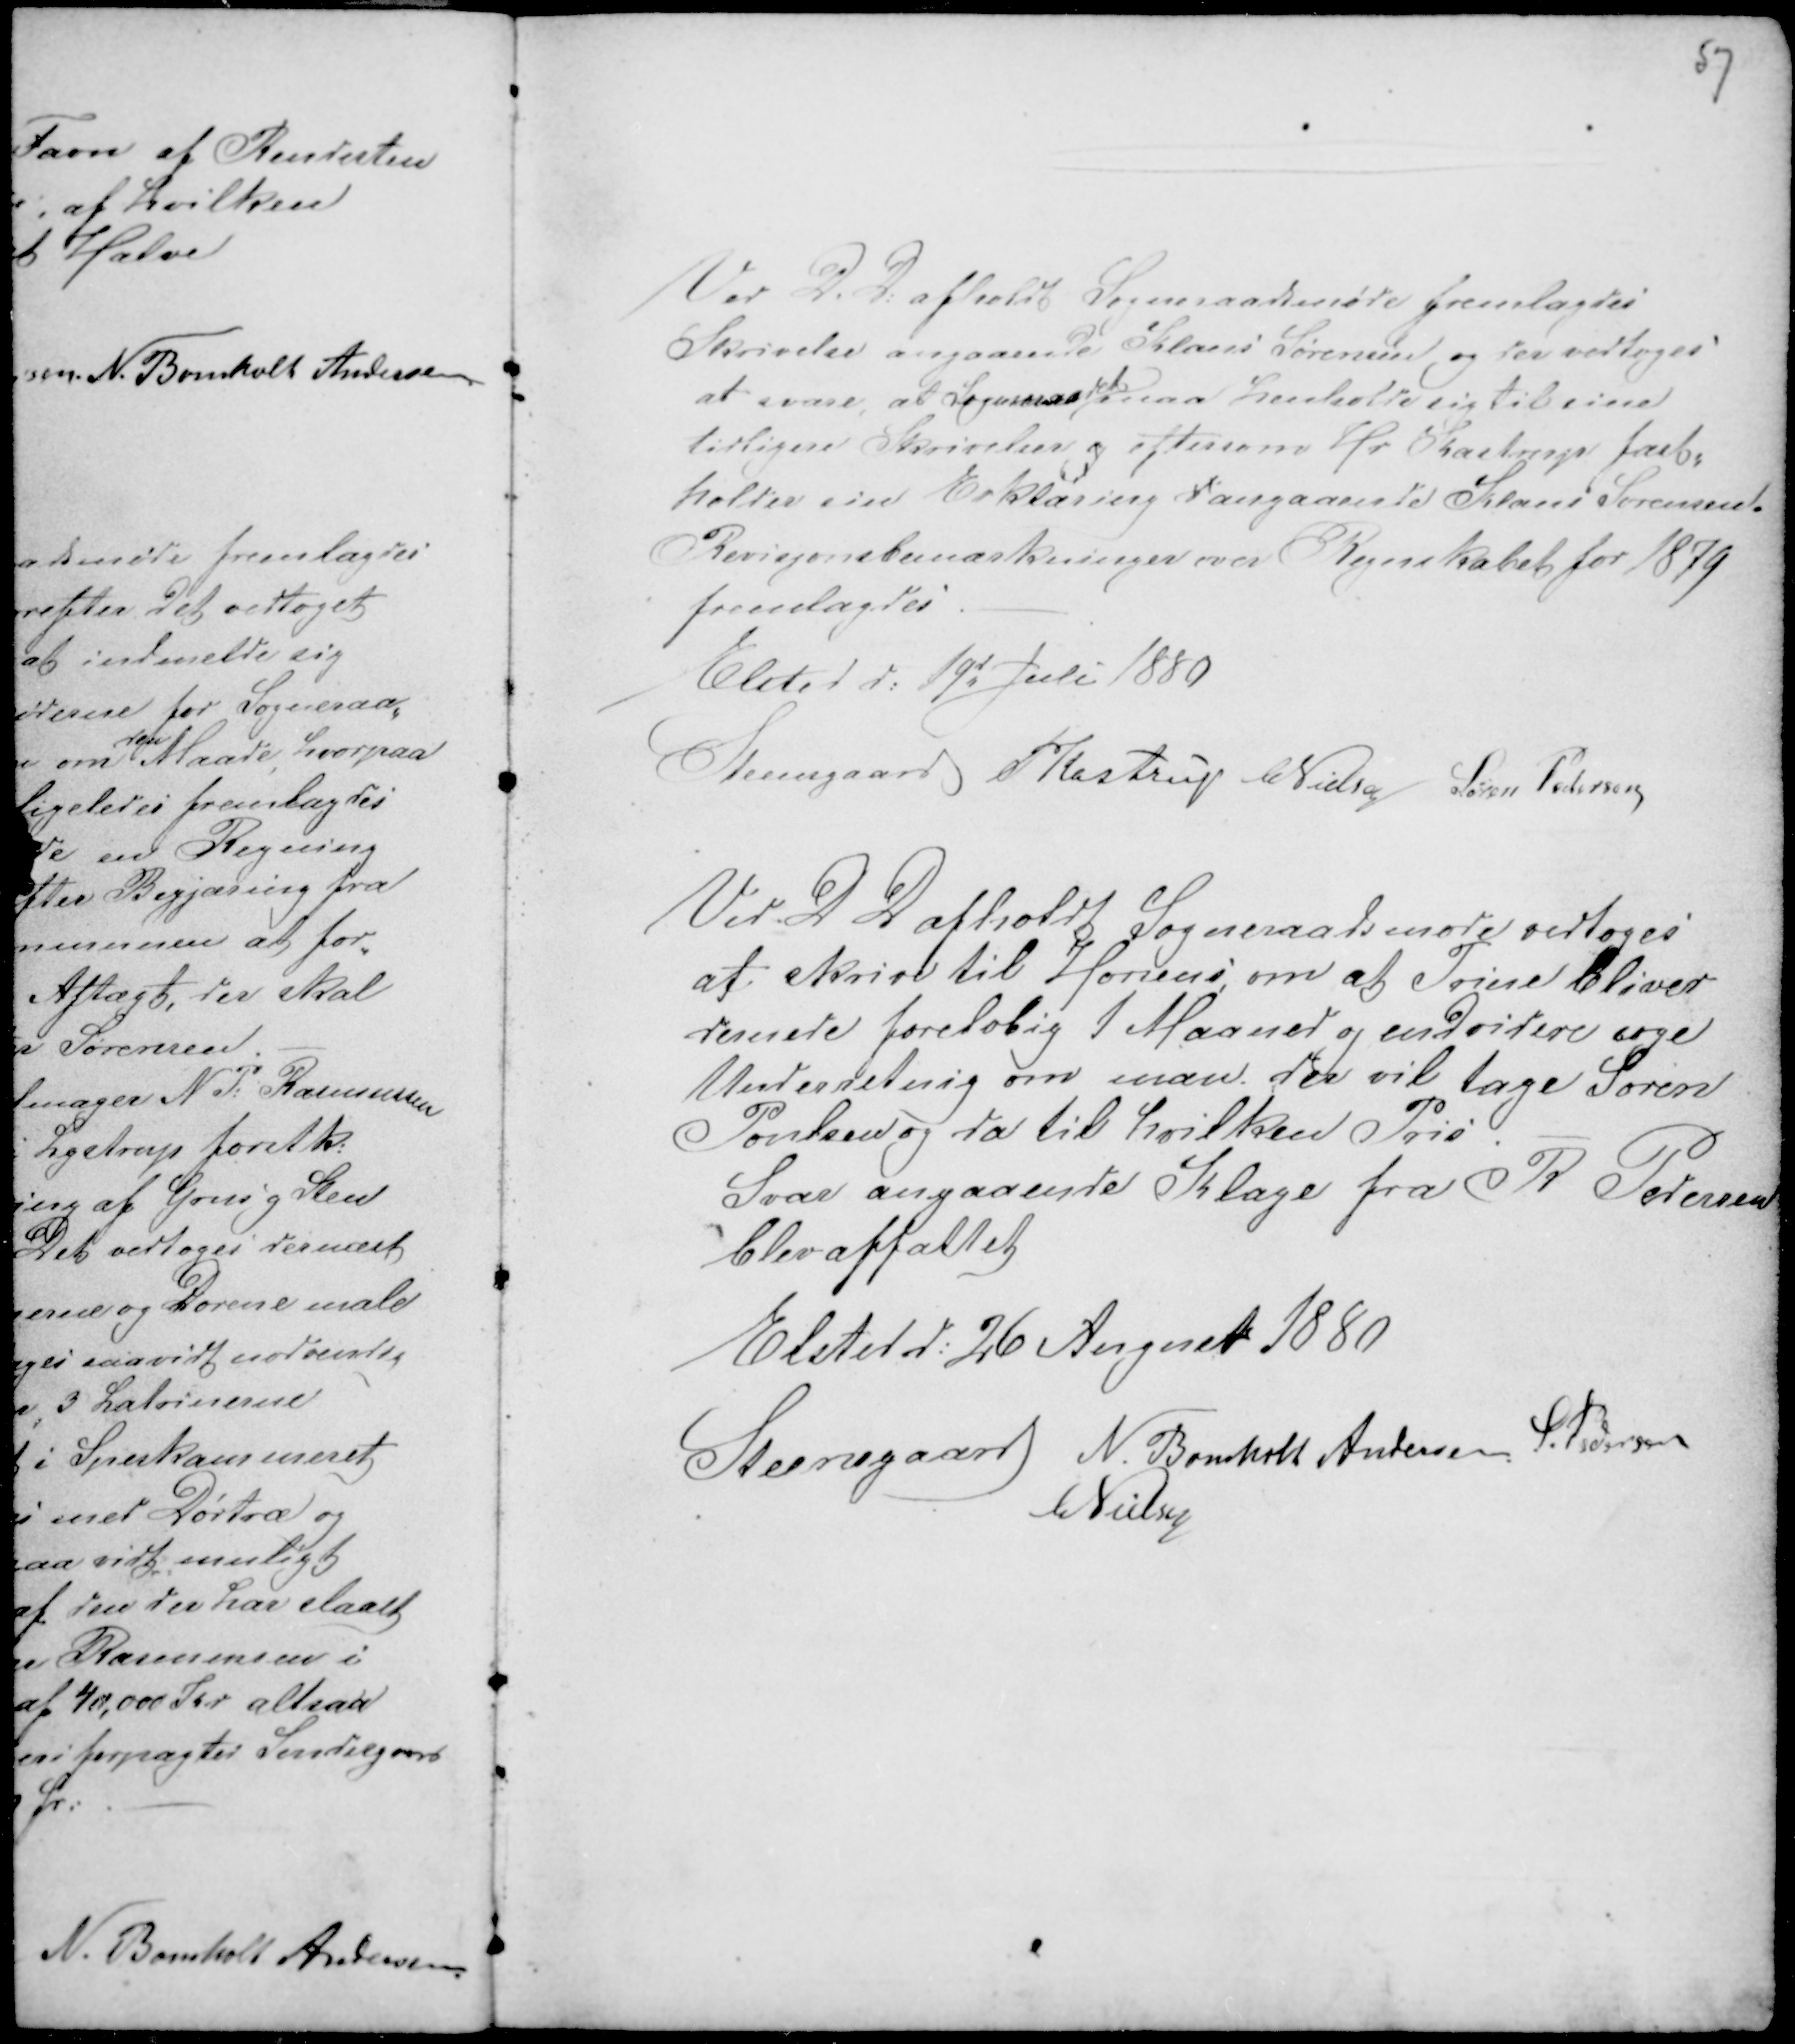
Transskription:
57

Ved D. D: afholdt Sogneraadsmøde fremlagdes
Skrivelse angaaende Klaus Sørensen og der vedtoges
at svare, at Sogneraadet maa henholde sig til sine
tidligere Skrivelser og eftersom Hr Kastrup fast-
holder sin Erklæring d angaaende Klaus Sørensen.
Revisjonsbemærkninger over Regnskabet for 1879
fremlagdes. -
Elsted d: 19d Juli 1880
Steensgaard PKastrup CNielsen Søren Pedersen

Ved D D afholdt Sogneraadsmøde vedtoges
at skrive til Horsens om at Trine bliver
dernede foreløbig 1 Maaned og endvidere søge
Underretning om man der vil tage Søren
Poulsen og da til hvilken Pris. -
Svar angaaende Klage fra R Pedersen
blev affattet
Elsted d: 26 August 1880
Steensgaard N. Bomholt Andersen. S. Pedersen
CNielsen